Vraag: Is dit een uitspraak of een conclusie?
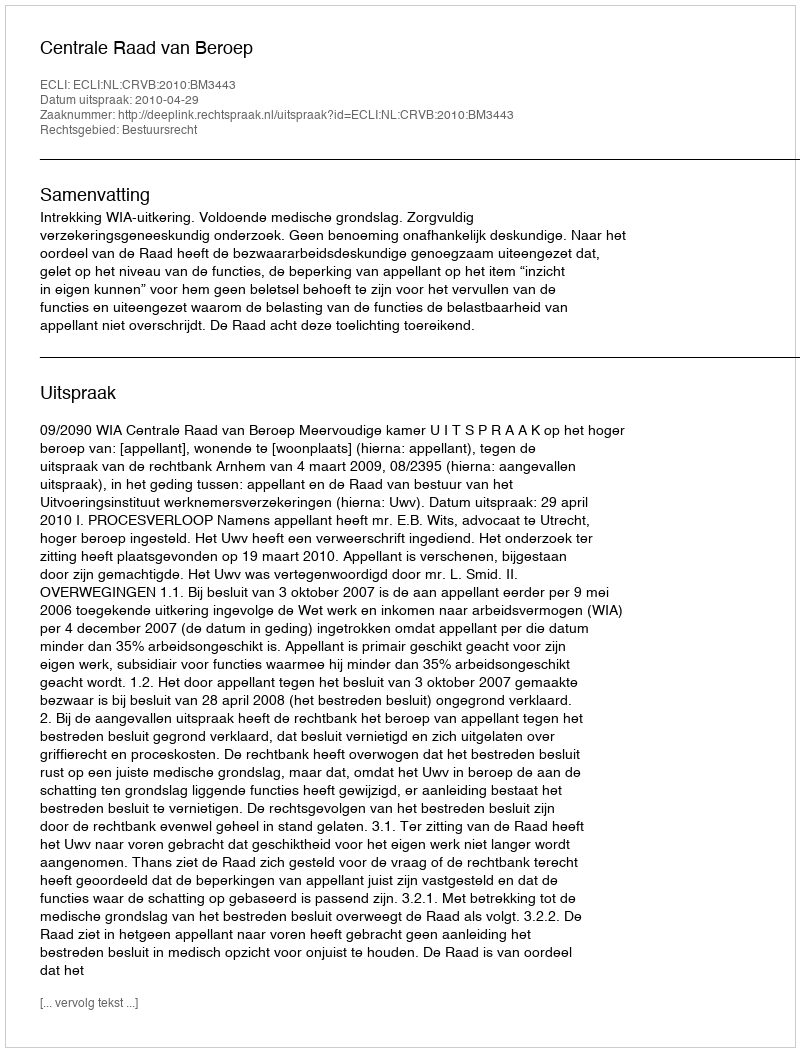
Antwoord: Uitspraak